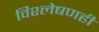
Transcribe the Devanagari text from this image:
विश्लेषणही